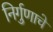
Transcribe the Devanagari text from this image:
निर्गुणाचे